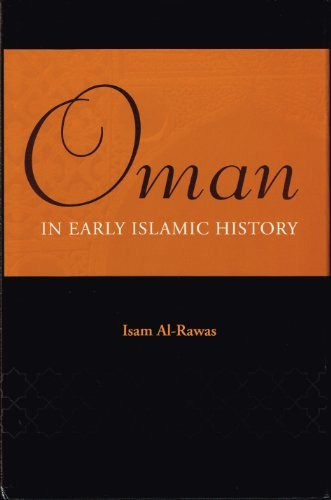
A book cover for Oman in Early Islamic History; Isam Al-Rawas; History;